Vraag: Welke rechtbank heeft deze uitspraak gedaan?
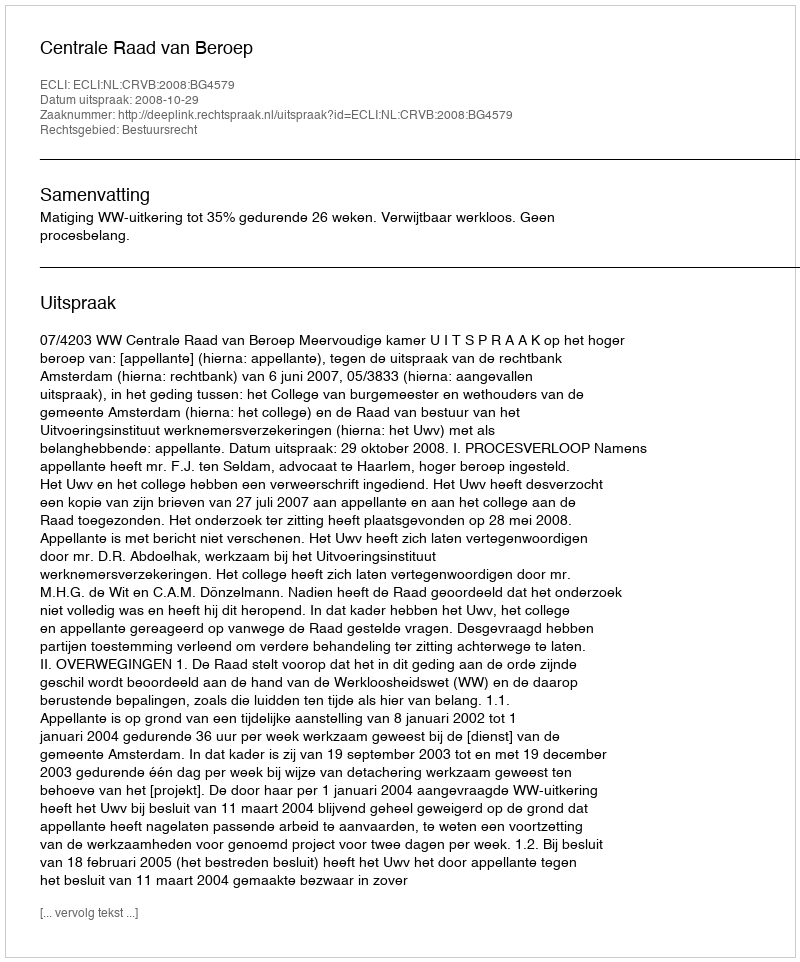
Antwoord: Centrale Raad van Beroep